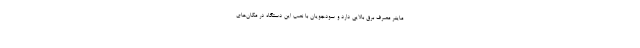
ماینر مصرف برق بالایی دارد و سودجویان با نصب این دستگاه در مکان‌های